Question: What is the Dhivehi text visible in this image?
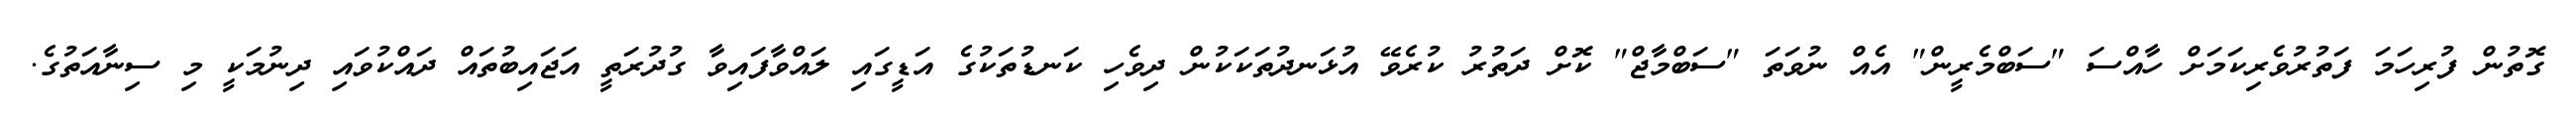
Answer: ގޮތުން ފުރިހަމަ ފަތުރުވެރިކަމަށް ހާއްސަ "ސަބްމެރީން" އެއް ނުވަތަ "ސަބްމާޖް" ކޮށް ދަތުރު ކުރެވޭ އުޅަނދުތަކަކުން ދިވެހި ކަނޑުތަކުގެ އަޑީގައި ލައްވާފައިވާ ގުދުރަތީ އަޖައިބުތައް ދައްކުވައި ދިނުމަކީ މި ސިނާއަތުގެ.